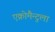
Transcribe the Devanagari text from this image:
एक्रोमैन्टुला